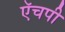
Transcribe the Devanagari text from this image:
ऍचपी